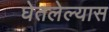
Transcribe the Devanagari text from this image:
घेतलेल्यास